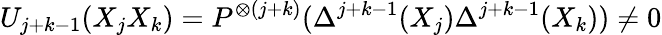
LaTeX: U_{j+k-1}(X_{j}X_{k})=P^{\otimes(j+k)}(\Delta^{j+k-1}(X_{j})\Delta^{j+k-1}(X_{k}))\not=0